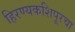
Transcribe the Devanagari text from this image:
हिरण्यकशिपूरचा